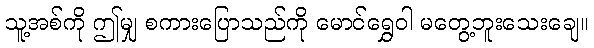
သူ့အစ်ကို ဤမျှ စကားပြောသည်ကို မောင်ရွှေဝါ မတွေ့ဘူးသေးချေ။